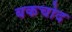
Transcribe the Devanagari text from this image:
बकचोद